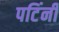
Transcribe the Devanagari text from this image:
पटिंनी